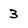
Character: 3